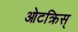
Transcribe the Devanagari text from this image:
ओटक्रिस्